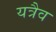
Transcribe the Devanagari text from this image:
यत्रैव